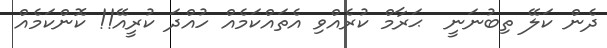
ދެން ކަލޭ ތިބުނަނީ  ޙަރާމް ކުރެއްވި އެތައްކަމެއް ހުއްދަ ކުރީއޭ!! ކޮންކަމެއް